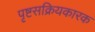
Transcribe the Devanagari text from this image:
पृष्टसक्रियकारक